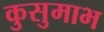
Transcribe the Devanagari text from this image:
कुसुमाभ